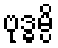
ဗုဒ္ဓမ္ပိ